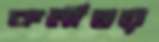
কর্মীদ্বয়